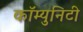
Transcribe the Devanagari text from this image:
कॉम्‍युनिटी